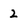
Character: 2